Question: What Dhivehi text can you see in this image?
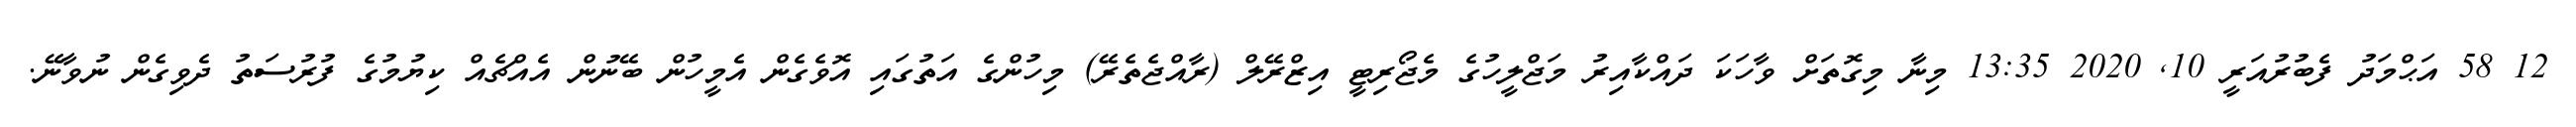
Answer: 12 58 އަޙްމަދު ފެބުރުއަރީ 10, 2020 13:35 މިނާ މިގޮތަށް ވާހަކަ ދައްކާއިރު މަޖްލީހުގެ މެޖޯރިޓީ އިޒްރޭލް (ރާއްޖެތެރޭ) މިހުންގެ އަތުގައި އޮވެގެން އެމީހުން ބޭނުން އެއްޗެއް ކިޔުމުގެ ފުރުސަތު ދެވިގެން ނުވާނޭ.